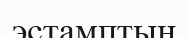
эстамптың